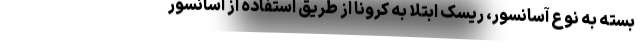
بسته به نوع آسانسور، ریسک ابتلا به کرونا از طریق استفاده از آسانسور